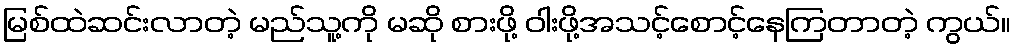
မြစ်ထဲဆင်းလာတဲ့ မည်သူ့ကို မဆို စားဖို့ ဝါးဖို့အသင့်စောင့်နေကြတာတဲ့ ကွယ်။